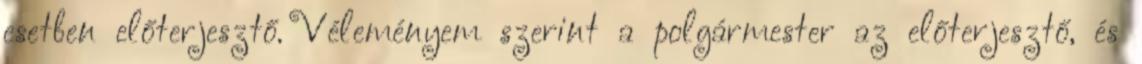
esetben előterjesztő. Véleményem szerint a polgármester az előterjesztő, és